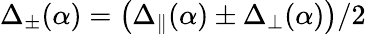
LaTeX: \Delta_{\pm}(\alpha)=\left(\Delta_{\parallel}(\alpha)\pm\Delta_{\perp}(\alpha)\right)/2